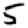
Digit: 5